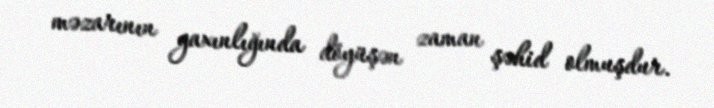
məzarının yaxınlığında döyüşən zaman şəhid olmuşdur.